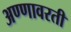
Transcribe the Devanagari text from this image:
अण्णावरती